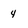
Character: 4